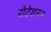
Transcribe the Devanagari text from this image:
रोटेशनल